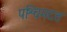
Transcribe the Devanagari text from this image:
पश्चिमदत्त